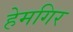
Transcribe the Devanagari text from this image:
हेमगिर